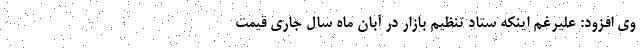
وی افزود: علیرغم اینکه ستاد تنظیم بازار در آبان ماه سال جاری قیمت